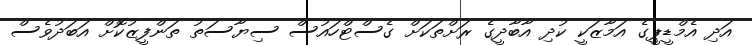
އަދި އެމްޑީޕީގެ އަމާޒަކީ ކުދި އާބާދީގެ ރަށްތަކަށް ގެސްޓްހައުސް ސިޔާސަތު ތަންފީޒުކޮށް އަބަދުވެސް